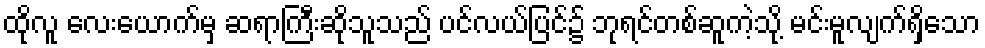
ထိုလူ လေးယောက်မှ ဆရာကြီးဆိုသူသည် ပင်လယ်ပြင်၌ ဘုရင်တစ်ဆူကဲ့သို့ မင်းမူလျက်ရှိသော